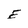
Character: E